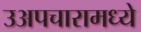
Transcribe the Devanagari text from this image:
उअपचारामध्ये